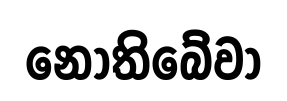
නොතිබේවා